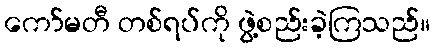
ကော်မတီ တစ်ရပ်ကို ဖွဲ့စည်းခဲ့ကြသည်။